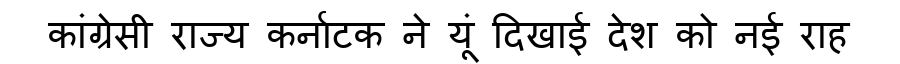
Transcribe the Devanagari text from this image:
कांग्रेसी राज्य कर्नाटक ने यूं दिखाई देश को नई राह